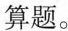
算题。